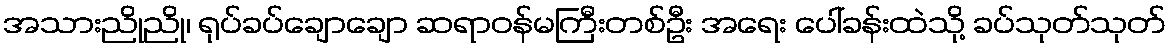
အသားညိုညို၊ ရုပ်ခပ်ချောချော ဆရာဝန်မကြီးတစ်ဦး အရေး ပေါ်ခန်းထဲသို့ ခပ်သုတ်သုတ်